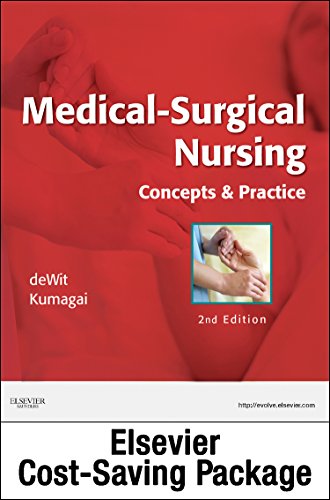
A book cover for Medical-Surgical Nursing and Elsevier Adaptive Quizzing Package: Concepts & Practice, 2e; Susan C. deWit MSN  RN  CNS  PHN; Medical Books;